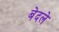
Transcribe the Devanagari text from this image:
बेदले